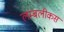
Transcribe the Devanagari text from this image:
लम्बलीकस